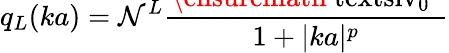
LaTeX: q_{L}(ka)=\mathcal{N}^{L}\frac{\smash{\ensuremath{\mathrm{\ textsl{v}}_{0}}^{2}}}{1+|ka|^{p}}